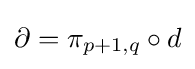
\partial =\pi _{p+1,q}\circ d